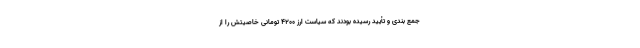
جمع بندی و تأیید رسیده بودند که سیاست ارز ۴۲۰۰ تومانی خاصیتش را از